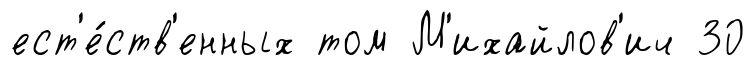
ест'е́ств'енных том М'ихайлов'ич 30